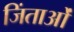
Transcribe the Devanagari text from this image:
जिंताओं